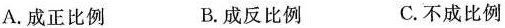
A.成正比例 B.成反比例 C.不成比例